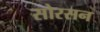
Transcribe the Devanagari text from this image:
सोरसन